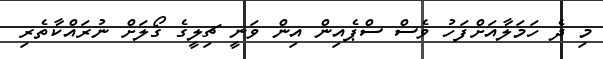
މި ދެ ހަމަލާއަށްފަހު ވެސް ސްޕެއިން އިން ވަނީ ޗިލީގެ ގޯލަށް ނުރައްކާތެރި